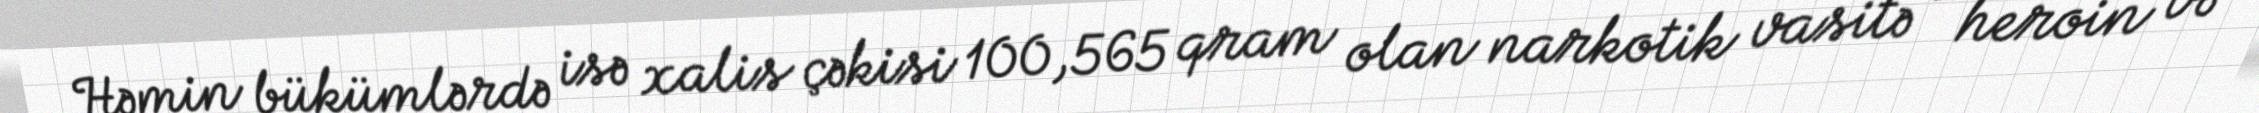
Həmin bükümlərdə isə xalis çəkisi 100,565 qram olan narkotik vasitə - heroin və